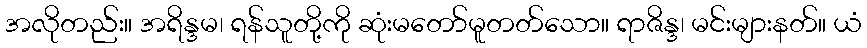
အလိုတည်း။ အရိန္ဒမ၊ ရန်သူတို့ကို ဆုံးမတော်မူတတ်သော။ ရာဇိန္ဒ၊ မင်းများနတ်။ ယံ